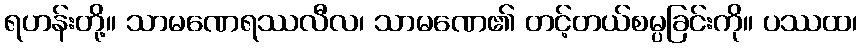
ရဟန်းတို့။ သာမဏေရဿလီလ၊ သာမဏေ၏ တင့်တယ်စမ္ပခြင်းကို။ ပဿထ၊